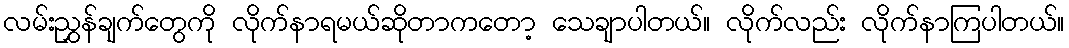
လမ်းညွှန်ချက်တွေကို လိုက်နာရမယ်ဆိုတာကတော့ သေချာပါတယ်။ လိုက်လည်း လိုက်နာကြပါတယ်။